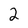
Character: 2